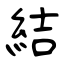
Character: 結